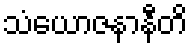
သံယောဇနာနီတိ